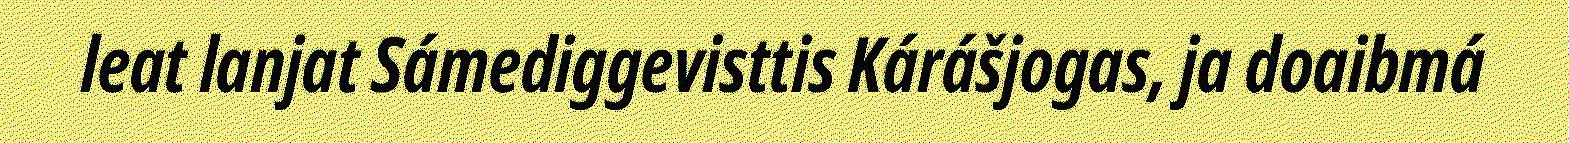
leat lanjat Sámediggevisttis Kárášjogas, ja doaibmá